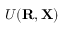
{ \cal U } ( { \bf R } , { \bf X } )